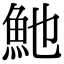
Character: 𩵔